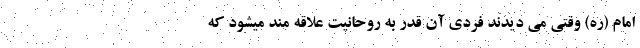
امام (ره) وقتی می دیدند فردی آن قدر به روحانیت علاقه مند میشود که